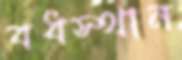
বধস্থান